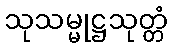
သုသမ္မုဋ္ဌသုတ္တံ